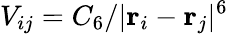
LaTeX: V_{ij}=C_{6}/|\mathbf{r}_{i}-\mathbf{r}_{j}|^{6}